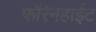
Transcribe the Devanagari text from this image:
फॉरेनहाईट